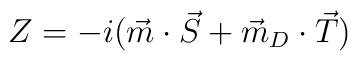
Z=-i(\vec{m}\cdot\vec{S}+\vec{m}_{D}\cdot\vec{T})